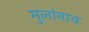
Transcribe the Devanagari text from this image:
मुलांनाच